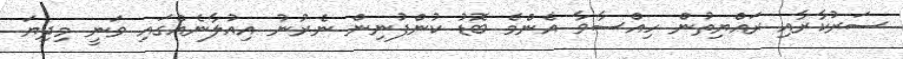
ސަރުކާރާއި ރައްޔިތުން ހިއްސާވާ އެންމެ ބޮޑު ކުންފުނިން ނެރުނު އިއުލާނެއްގައި ވަނީ މިދިޔަ